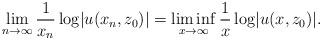
LaTeX: \begin{align*}\lim_{n\to\infty} \frac 1{x_n} \log \lvert u(x_n, z_0) \rvert = \liminf_{x\to\infty} \frac 1{x} \log \lvert u(x,z_0) \rvert.\end{align*}